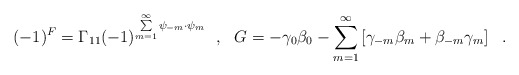
\begin{align*}(-1)^{F} = \Gamma_{11}(-1)^{\sum\limits_{m=1}^{\infty}\psi_{-m}\cdot \psi_m}~~,~~{G} = - \gamma_0 \beta_0 - \sum\limits_{m=1}^{\infty}\left[ \gamma_{-m} \beta_m + \beta_{-m}\gamma_m \right]~~.\end{align*}